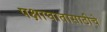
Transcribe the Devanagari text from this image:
पक्षाघातासाठीचे